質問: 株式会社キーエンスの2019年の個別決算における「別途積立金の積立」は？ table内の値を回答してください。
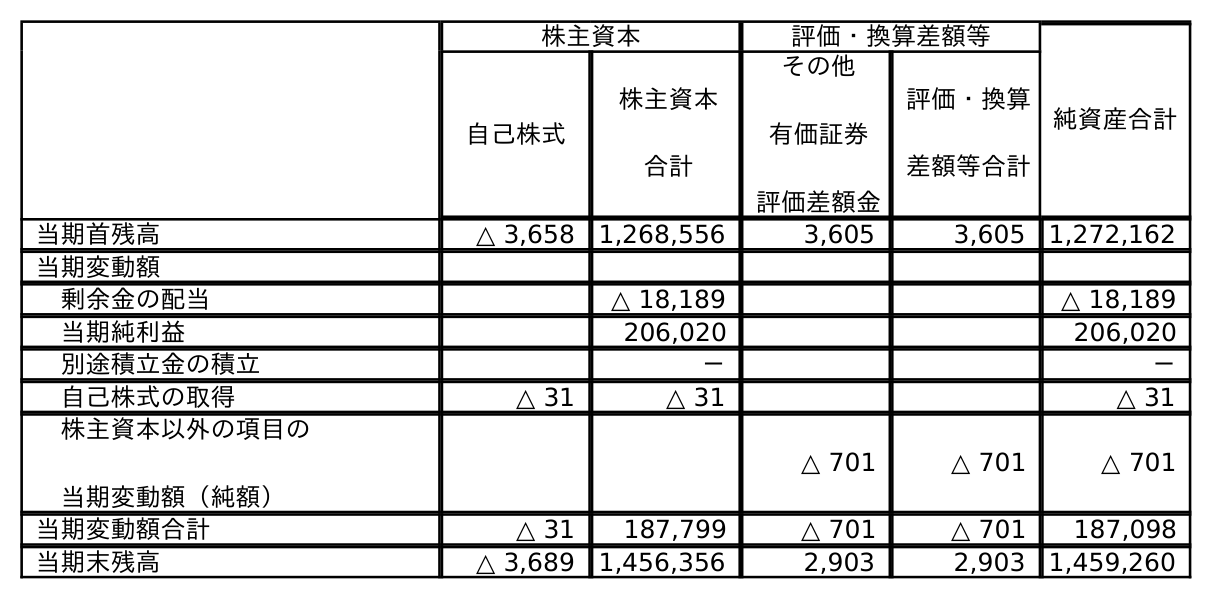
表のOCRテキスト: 株主資本 評価・換算差額等 純資産合計 自己株式 株主資本 合計 その他 有価証券 評価差額金 評価・換算 差額等合計 当期首残高 △ 3,658 1,268,556 3,605 3,605 1,272,162 当期変動額 剰余金の配当 △ 18,189 △ 18,189 当期純利益 206,020 206,020 別途積立金の積立 － － 自己株式の取得 △ 31 △ 31 △ 31 株主資本以外の項目の 当期変動額（純額） △ 701 △ 701 △ 701 当期変動額合計 △ 31 187,799 △ 701 △ 701 187,098 当期末残高 △ 3,689 1,456,356 2,903 2,903 1,459,260
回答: －